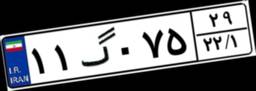
۱۱گ۰۷۵۲۹